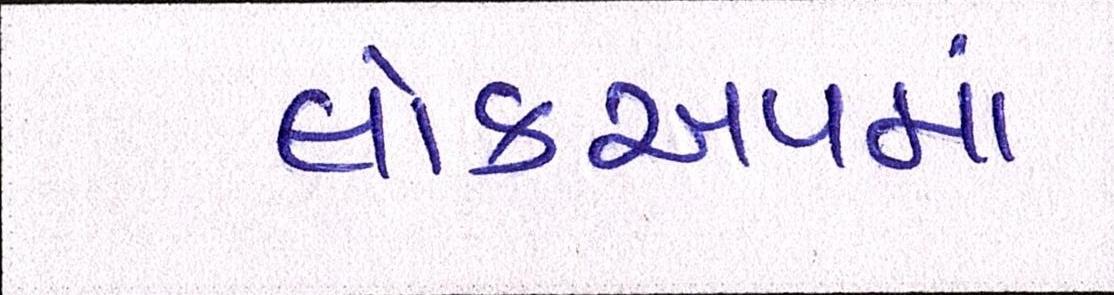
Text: લોકઅપમાં